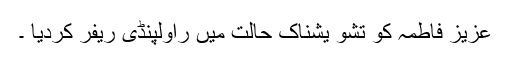
عزیز فاطمہ کو تشو یشناک حالت میں راولپنڈی ریفر کردیا ۔